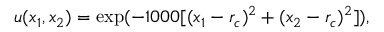
u ( x _ { 1 } , x _ { 2 } ) = \exp ( - 1 0 0 0 [ ( x _ { 1 } - r _ { c } ) ^ { 2 } + ( x _ { 2 } - r _ { c } ) ^ { 2 } ] ) ,